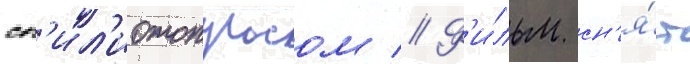
сп'ил'иотопулосом // Ф'и́льм сн'я́т